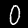
Digit: 0